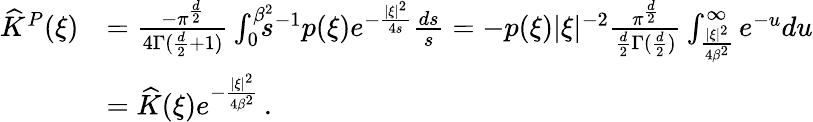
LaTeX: \begin{array}{rl}{\widehat K^{P}(\xi)}&{=\frac{-\pi^{\frac d2}}{4\Gamma(\frac d2+1)}\int_{0}^{\beta^{2}}\! \! \! \! s^{-1}p(\xi)e^{-\frac{|\xi|^{2}}{4s}}\frac{ds}{s}=-p(\xi)|\xi|^{-2}\frac{\pi^{\frac d2}}{\frac d2\Gamma(\frac d2)}\int_{\frac{|\xi|^{2}}{4\beta^{2}}}^{\infty}e^{-u}du}\\ &{=\widehat K(\xi)e^{-\frac{|\xi|^{2}}{4\beta^{2}}}\, .}\end{array}